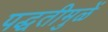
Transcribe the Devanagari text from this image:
पद्धतीमुळें